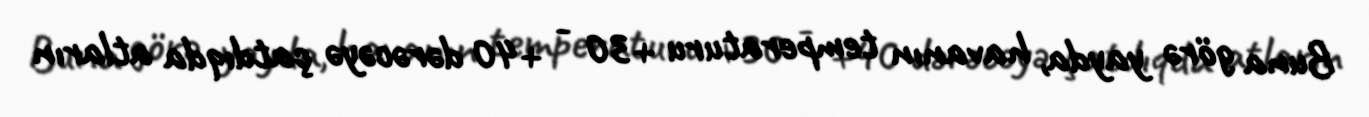
Buna görə yayda, havanın temperaturu +30 - +40 dərəcəyə çatdıqda atların